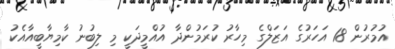
އުމުރުން 18 އަހަރުގެ އަޒަލްގެ މިހާރު ކުރަމުންދާ އުއްމީދަކީ މި ލިބުނު ކާމިޔާބީއާއެކު